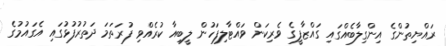
ރައްޔިތުންގެ އިންގިލާބެއްގައި ގައްޒާފީގެ ވެރިކަން ވައްޓާލިފަހުން ލީބިއާ ކުރެއްވި ފުރަތަމަ ދަތުރުފުޅުގައި އެގައުމުގެ